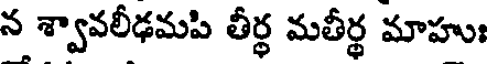
న శ్వావలీఢమపి తీర్థ మతీర్థ మాహుః